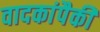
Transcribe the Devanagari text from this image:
वादकांपैकी